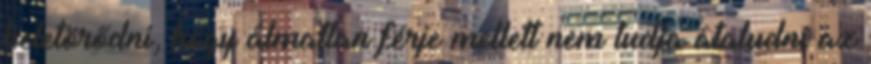
beletörődni, hogy álmatlan férje mellett nem tudja átaludni az